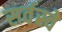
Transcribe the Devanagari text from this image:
सर्वस्वे